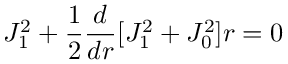
J _ { 1 } ^ { 2 } + \frac { 1 } { 2 } \frac { d } { d r } [ J _ { 1 } ^ { 2 } + J _ { 0 } ^ { 2 } ] r = 0